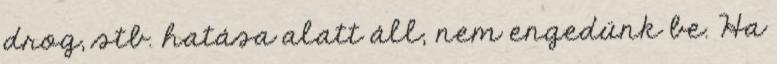
drog, stb. hatása alatt áll, nem engedünk be. Ha